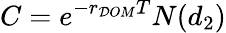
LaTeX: C=e^{-r_{\mathcal{D}OM}T}N(d_{2})